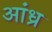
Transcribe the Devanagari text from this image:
अांध्र